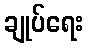
ချုပ်ရေး